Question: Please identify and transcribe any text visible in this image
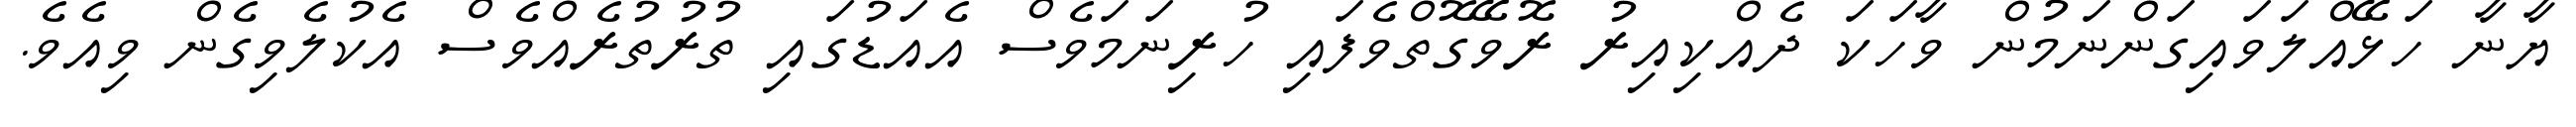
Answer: ޔާނާ ހަޅޭއްލަވައިގަންނަމުން ވާހަކަ ދެއްކިއިރު ރޮވޭގޮތްވެފައި ހުރިނަމަވެސް އެއަޑުގައި ތުރުތުރެއްވެސް އެކުލެވިގެން ވިއެވެ.